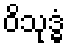
ဝိသုဒ္ဓံ